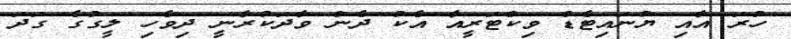
ހުރަ އާއި ޔުނައިޓެޑް ވިކްޓަރީއާ އެކު ދެން ވާދަކުރާނީ ދިވެހި ލީގުގެ ގަދަ